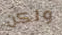
ولكن